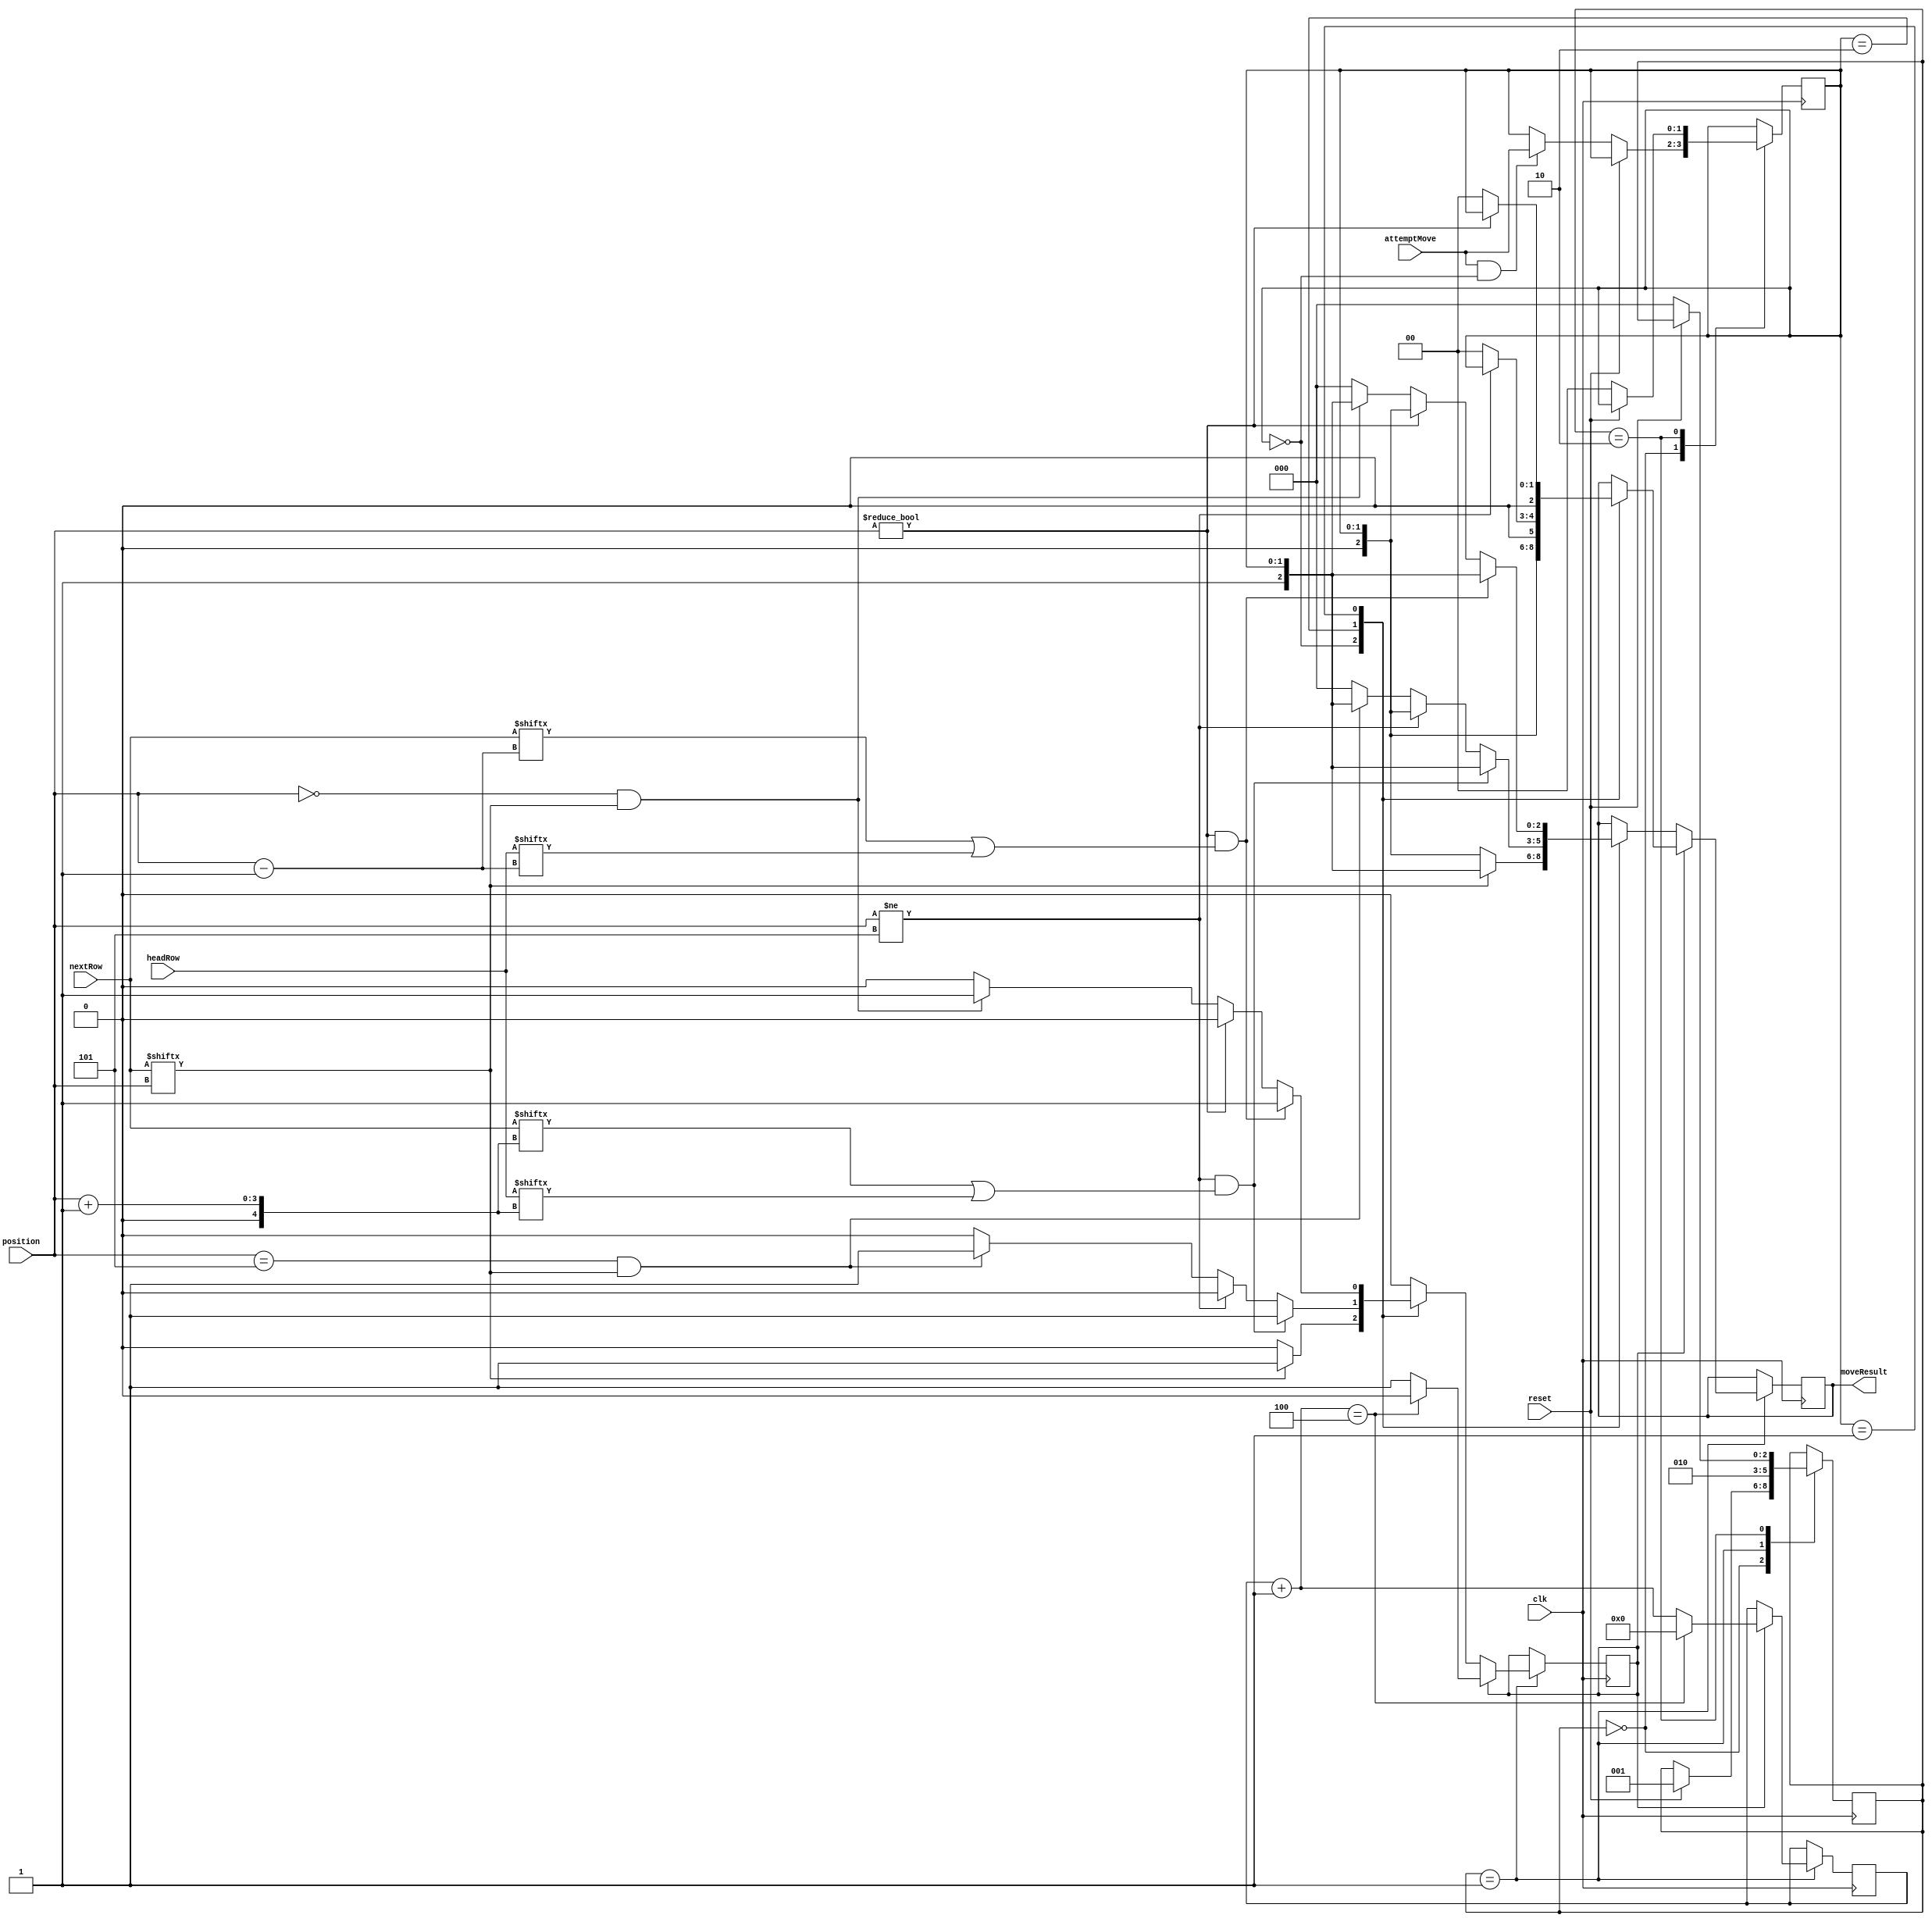
`timescale 1ns / 1ps

module moveCarImmunity (clk, reset, nextRow, headRow, position, attemptMove, moveResult);
	input clk, reset;
	input [5:0] nextRow, headRow;
	input [2:0] position;
	input [1:0] attemptMove;
	
	output reg [2:0] moveResult; // 0 = alive, 1 = dead
	
	reg [1:0] moveInput;
	reg [2:0] state;
	
	reg immunity;
	reg [31:0] immuneCount;
	

	
	parameter immuneCycles = 4;	
	
	
	initial begin
		moveResult <= 0;
		moveInput <= 0;
		state <= 0;
		
		immunity <= 0;
		immuneCount <= 0;
   end
   
   
    always @ (posedge clk) begin
		case (state) 
			0: begin
				if (reset) state <= 1;
				else if (attemptMove && !moveInput) moveInput <= attemptMove;
//				else if (!attemptMove || moveInput) moveInput <= moveInput;
            end
			1: begin
				state <= 2;
				if (immunity) begin
					if ((immuneCount + 1) == immuneCycles) begin	
						immunity <= 0;
						immuneCount <= 0;
					end
					else immuneCount <= immuneCount + 1;

					case (moveInput)
						2'b00: begin // no move
							moveResult <= {1'b0, moveInput};
						end
						2'b10: begin // move left
							if (position != 5) moveResult <= {1'b0, moveInput}; 
							else moveResult <= 3'b000; 
						end
						2'b01: begin // move right
							if (position != 0) moveResult <= {1'b0, moveInput}; 
							else moveResult <= 3'b000; 
						end		
					endcase
				end // if immunity
				else begin // if no immunity check if head or tail hit an obstacle
					case (moveInput)
						2'b00: begin // no move
							if (nextRow[position]) begin
								moveResult <= {1'b1, moveInput}; 
								immunity <= 1;
							end
							else moveResult <= {1'b0, moveInput};
						end
						2'b10: begin // move left
							if ((position != 5) && (nextRow[position + 1] || headRow[position + 1])) begin
								moveResult <= {1'b1, moveInput};
								immunity <= 1;
							end
							else if (position != 5) moveResult <= {1'b0, moveInput};
							else if(position == 5 && nextRow[position]) begin
								moveResult <= {1'b1, moveInput};
								immunity <= 1;
							end
							else moveResult <= 3'b000; 
						end
						2'b01: begin // move right
							if ((position != 0) && (nextRow[position - 1] || headRow[position - 1])) begin
								moveResult <= {1'b1, moveInput};
								immunity <= 1;
							end
							else if (position != 0) moveResult <= {1'b0, moveInput}; 
							else if(position == 0  && nextRow[position]) begin 
								moveResult <= {1'b1, moveInput};
								immunity <= 1;
							end
							else moveResult <= 3'b000; 
						end		
					endcase
				end
			end // end state 1
			2: begin
                if (!reset) begin
                    state <= 0;
				    moveInput <= 0;
                end
			end
		endcase
	end
endmodule


//`timescale 1ns / 1ps

//module moveCarImmunity (clk, reset, nextRow, headRow, position, attemptMove, moveResult);
//	input clk, reset;
//	input [5:0] nextRow, headRow;
//	input [2:0] position;
//	input [1:0] attemptMove;
	
//	output reg [1:0] moveResult; // 0 = alive, 1 = dead
	
//	reg [1:0] moveInput;
//	reg [2:0] state;
	
//	reg immunity;
//	reg [31:0] immuneCount;
	

	
//	parameter immuneCycles = 3;	
	
	
//	initial begin
//		moveResult <= 0;
//		moveInput <= 0;
//		state <= 0;
		
//		immunity <= 0;
//		immuneCount <= 0;
//   end
   
   
//    always @ (posedge clk) begin
//		case (state) 
//			0: begin
//				if (reset) state <= 1;
//				else if (attemptMove && !moveInput) moveInput <= attemptMove;
////				else if (!attemptMove || moveInput) moveInput <= moveInput;
//            end
//			1: begin
//				state <= 2;
//				if (immunity) begin
//					if ((immuneCount + 1) == immuneCycles) begin	
//						immunity <= 0;
//						immuneCount <= 0;
//					end
//					else immuneCount <= immuneCount + 1;

//					case (moveInput)
//						2'b00: begin // no move
//							moveResult <= moveInput;
//						end
//						2'b10: begin // move left
//							if (position != 5) moveResult <= moveInput; 
//							else moveResult <= 2'b00; 
//						end
//						2'b01: begin // move right
//							if (position != 0) moveResult <= moveInput; 
//							else moveResult <= 2'b00; 
//						end		
//					endcase
//				end // if immunity
//				else begin // if no immunity check if head or tail hit an obstacle
//					case (moveInput)
//						2'b00: begin // no move
//							if (nextRow[position]) begin
//								moveResult <= 2'b11; 
//								immunity <= 1;
//							end
//							else moveResult <= moveInput;
//						end
//						2'b10: begin // move left
//							if ((position != 5) && (nextRow[position + 1] || headRow[position + 1])) begin
//								moveResult <= 2'b11;
//								immunity <= 1;
//							end
//							else if (position != 5) moveResult <= moveInput;
//							else if(position == 5 && nextRow[position]) begin
//								moveResult <= 2'b11;
//								immunity <= 1;
//							end
//							else moveResult <= 2'b00; 
//						end
//						2'b01: begin // move right
//							if ((position != 0) && (nextRow[position - 1] || headRow[position - 1])) begin
//								moveResult <= 2'b11;
//								immunity <= 1;
//							end
//							else if (position != 0) moveResult <= moveInput; 
//							else if(position == 0  && nextRow[position]) begin 
//								moveResult <= 2'b11;
//								immunity <= 1;
//							end
//							else moveResult <= 2'b00; 
//						end		
//					endcase
//				end
//			end // end state 1
//			2: begin
//				state <= 0;
//				moveInput <= 0;
//			end
//		endcase
//	end
//endmodule